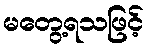
မတွေ့ရသဖြင့်